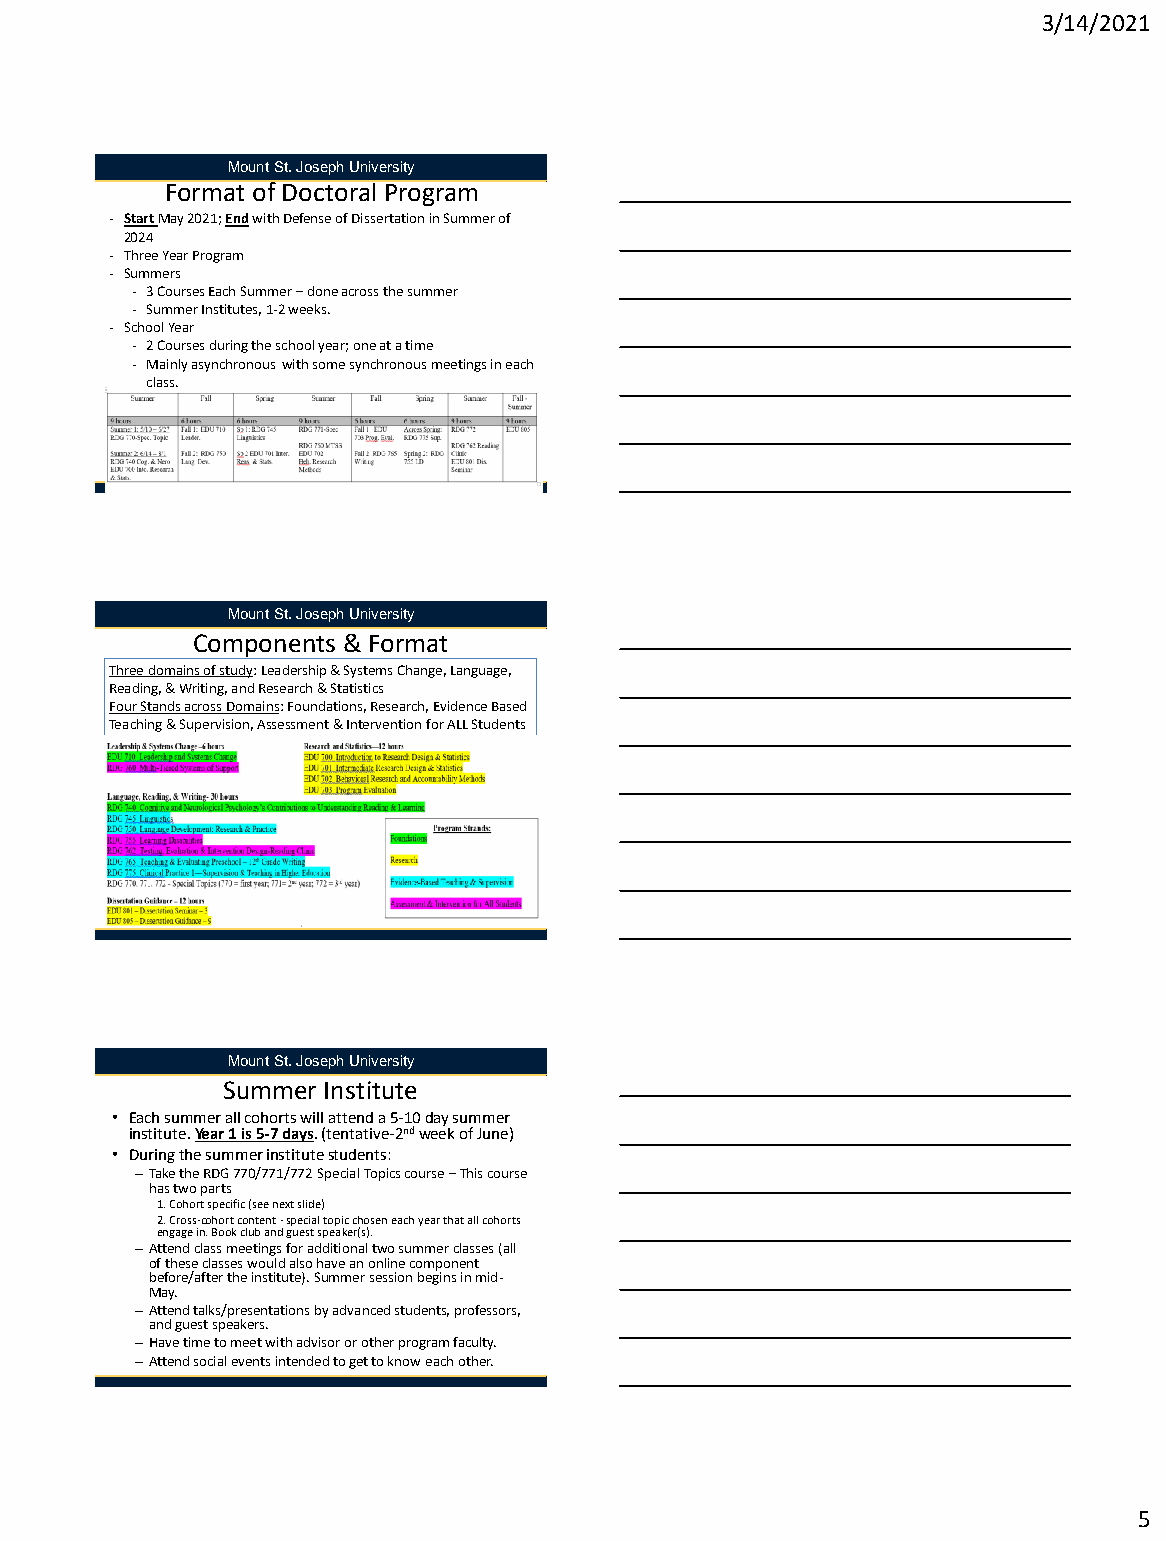
3/14/2021
 Mount St. Joseph University
 Format of Doctoral Program
 - Start May 2021; Endwith Defense of Dissertation in Summer of
 2024
 - Three Year Program
 - Summers
 - 3 Courses Each Summer –done across the summer
 - Summer Institutes, 1-2 weeks.
 - School Year
 - 2 Courses during the school year; one at a time
 - Mainly asynchronous with some synchronous meetings in each
 class.
 Mount St. Joseph University
 Components & Format
 Three domains of study: Leadership & Systems Change, Language,
 Reading, & Writing, and Research & Statistics
 Four Stands across Domains: Foundations, Research, Evidence Based
 Teaching & Supervision, Assessment & Intervention for ALL Students
 Mount St. Joseph University
 Summer Institute
 • Each summer all cohorts will attend a 5-10 day summer
 institute. Year 1 is 5-7 days. (tentative-2ndweek of June)
 • During the summer institute students:
 –Take the RDG 770/771/772 Special Topics course –This course
 has two parts
 1. Cohort specific (see next slide)
 2. Cross-cohort content -special topic chosen each year that all cohorts
 engage in. Book club and guest speaker(s).
 –Attend class meetings for additional two summer classes (all
 of these classes would also have an online component
 before/after the institute). Summer session begins in mid-
 May.
 –Attend talks/presentations by advanced students, professors,
 and guest speakers.
 –Have time to meet with advisor or other program faculty.
 –Attend social events intended to get to know each other.
 5